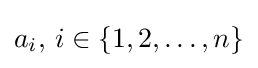
a_{i},\,i\in \{1,2,\dots ,n\}